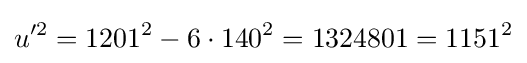
u'^{2}=1201^{2}-6\cdot 140^{2}=1324801=1151^{2}